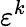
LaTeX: \varepsilon^{k}